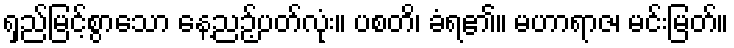
ရှည်မြင့်စွာသော နေ့ညဉ့်ပတ်လုံး။ ပစတိ၊ ခံရ၏။ မဟာရာဇ၊ မင်းမြတ်။